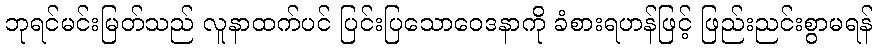
ဘုရင်မင်းမြတ်သည် လူနာထက်ပင် ပြင်းပြသောဝေဒနာကို ခံစားရဟန်ဖြင့် ဖြည်းညင်းစွာမရန်